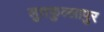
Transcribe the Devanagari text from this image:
लुतफुल्लापुर